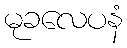
မုခလေပနံ